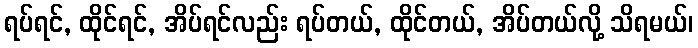
ရပ်ရင်, ထိုင်ရင်, အိပ်ရင်လည်း ရပ်တယ်, ထိုင်တယ်, အိပ်တယ်လို့ သိရမယ်၊